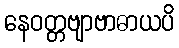
နေဝတ္တဗျာဗာဓာယပိ